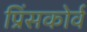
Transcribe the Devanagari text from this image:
प्रिंसकोर्व